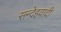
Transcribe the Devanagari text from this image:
सन्देहवादी